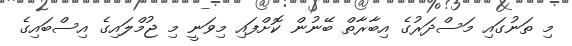
މި ތަނުގައި މަސްދަރުގެ އިބާރާތް ބޭނުން ކޮށްފައި މިވަނީ މި ޖުމްލައިގެ އިސްބައިގެ